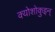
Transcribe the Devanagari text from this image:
क्योशोकुइन्